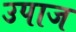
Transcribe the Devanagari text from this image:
उपाज